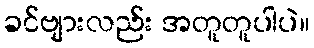
ခင်ဗျားလည်း အတူတူပါပဲ။